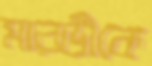
মারডীকে